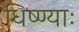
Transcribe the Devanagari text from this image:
धिष्ण्याः